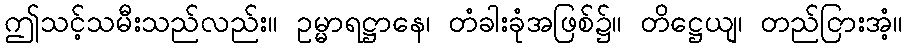
ဤသင့်သမီးသည်လည်း။ ဥမ္မာရဋ္ဌာနေ၊ တံခါးခုံအဖြစ်၌။ တိဋ္ဌေယျ၊ တည်ငြားအံ့။